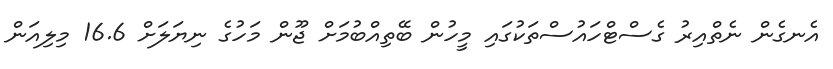
އެނގެން ނެތްއިރު ގެސްޓްހައުސްތަކުގައި މީހުން ބޭތިއްބުމަށް ޖޫން މަހުގެ ނިޔަލަށް 16.6 މިލިއަން